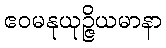
ဧဝမနုယုဉ္ဇိယမာနာ